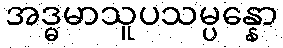
အဒ္ဓမာသူပသမ္ပန္နော